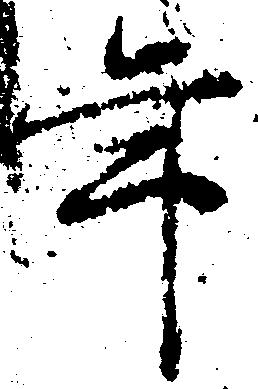
年